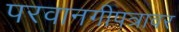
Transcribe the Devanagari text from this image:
परवानगीपत्रावर